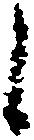
候